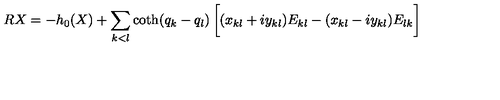
R X = - h _ { 0 } ( X ) + \sum _ { k < l } { \coth ( q _ { k } - q _ { l } ) } \left[ \vphantom { \frac { 1 } { 2 } } ( x _ { k l } + i y _ { k l } ) E _ { k l } - ( x _ { k l } - i y _ { k l } ) E _ { l k } \right]